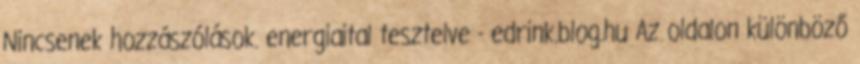
Nincsenek hozzászólások. energiaital tesztelve - edrink.blog.hu Az oldalon különböző